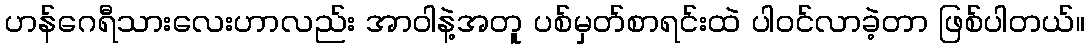
ဟန်ဂေရီသားလေးဟာလည်း အာဝါနဲ့အတူ ပစ်မှတ်စာရင်းထဲ ပါဝင်လာခဲ့တာ ဖြစ်ပါတယ်။